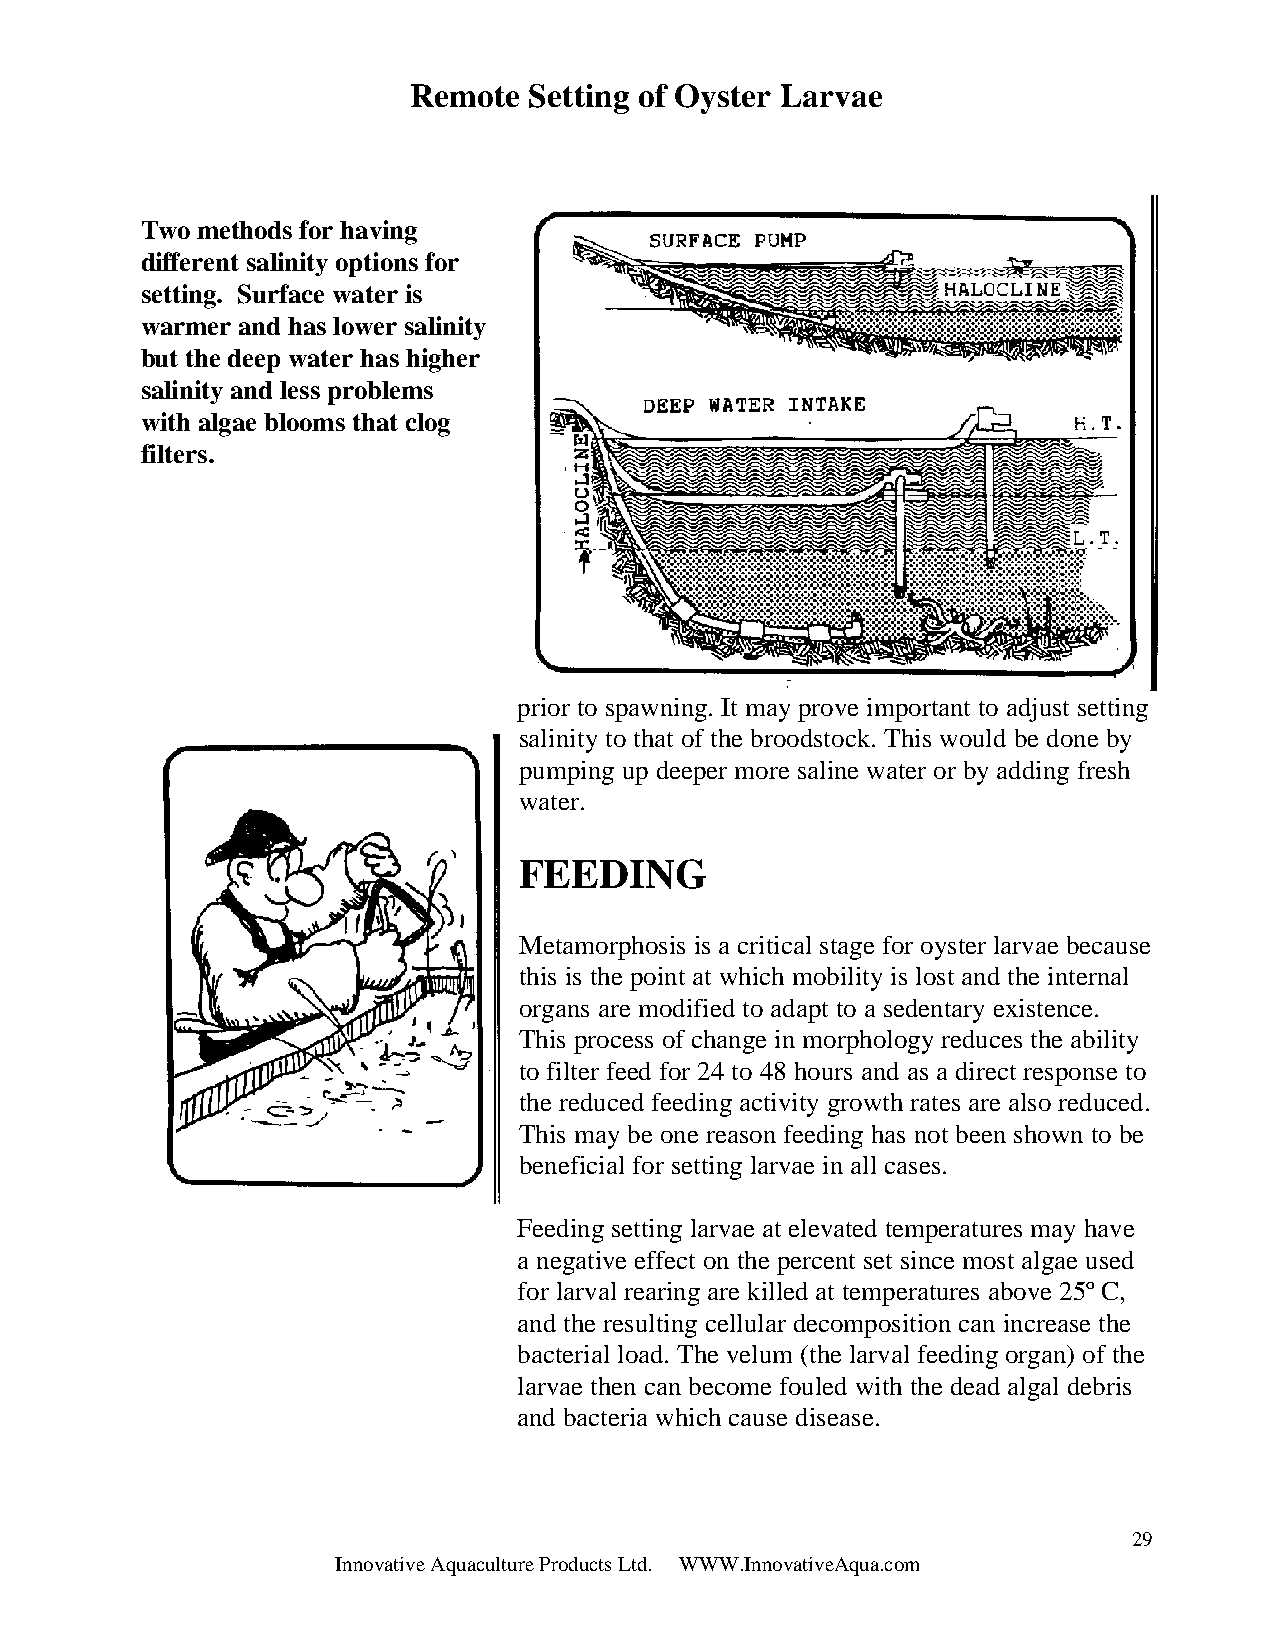
Remote  Setting of Oyster Larvae
 Two methods for having
 different salinity options for
 setting. Surface water is
 warmer and has lower salinity
 but the deep water has higher
 salinity and less problems
 with algae blooms that clog
 filters.
 prior to spawning. It may prove important to adjust setting
 salinity to that of the broodstock. This would be done by
 pumping up deeper more saline water or by adding fresh
 water.
 FEEDING
 Metamorphosis is a critical stage for oyster larvae because
 this is the point at which mobility is lost and the internal
 organs are modified to adapt to a sedentary existence.
 This process of change in morphology reduces the ability
 to filter feed for 24 to 48 hours and as a direct response to
 the reduced feeding activity growth rates are also reduced.
 This may be one reason feeding has not been shown to be
 beneficial for setting larvae in all cases.
 Feeding setting larvae at elevated temperatures may have
 a negative effect on the percent set since most algae used
 for larval rearing are killed at temperatures above 25º C,
 and the resulting cellular decomposition can increase the
 bacterial load. The velum (the larval feeding organ) of the
 larvae then can become fouled with the dead algal debris
 and bacteria which cause disease.
 29
 Innovative Aquaculture Products Ltd. WWW.InnovativeAqua.com